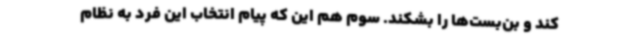
کند و بن‌بست‌ها را بشکند. سوم هم این که پیام انتخاب این فرد به نظام